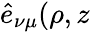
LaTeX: \hat{e}_{\nu\mu}(\rho,z